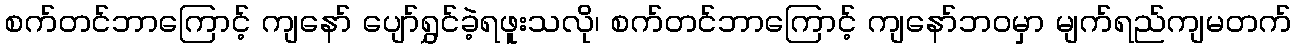
စက်တင်ဘာကြောင့် ကျနော် ပျော်ရွှင်ခဲ့ရဖူးသလို၊ စက်တင်ဘာကြောင့် ကျနော်ဘဝမှာ မျက်ရည်ကျမတက်